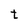
Character: t